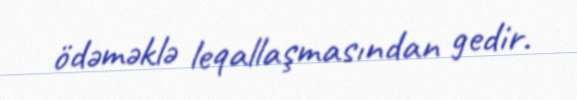
ödəməklə leqallaşmasından gedir.